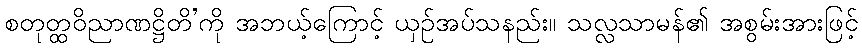
စတုတ္ထဝိညာဏဋ္ဌိတိ’ကို အဘယ့်ကြောင့် ယှဉ်အပ်သနည်း။ သလ္လသာမန်၏ အစွမ်းအားဖြင့်